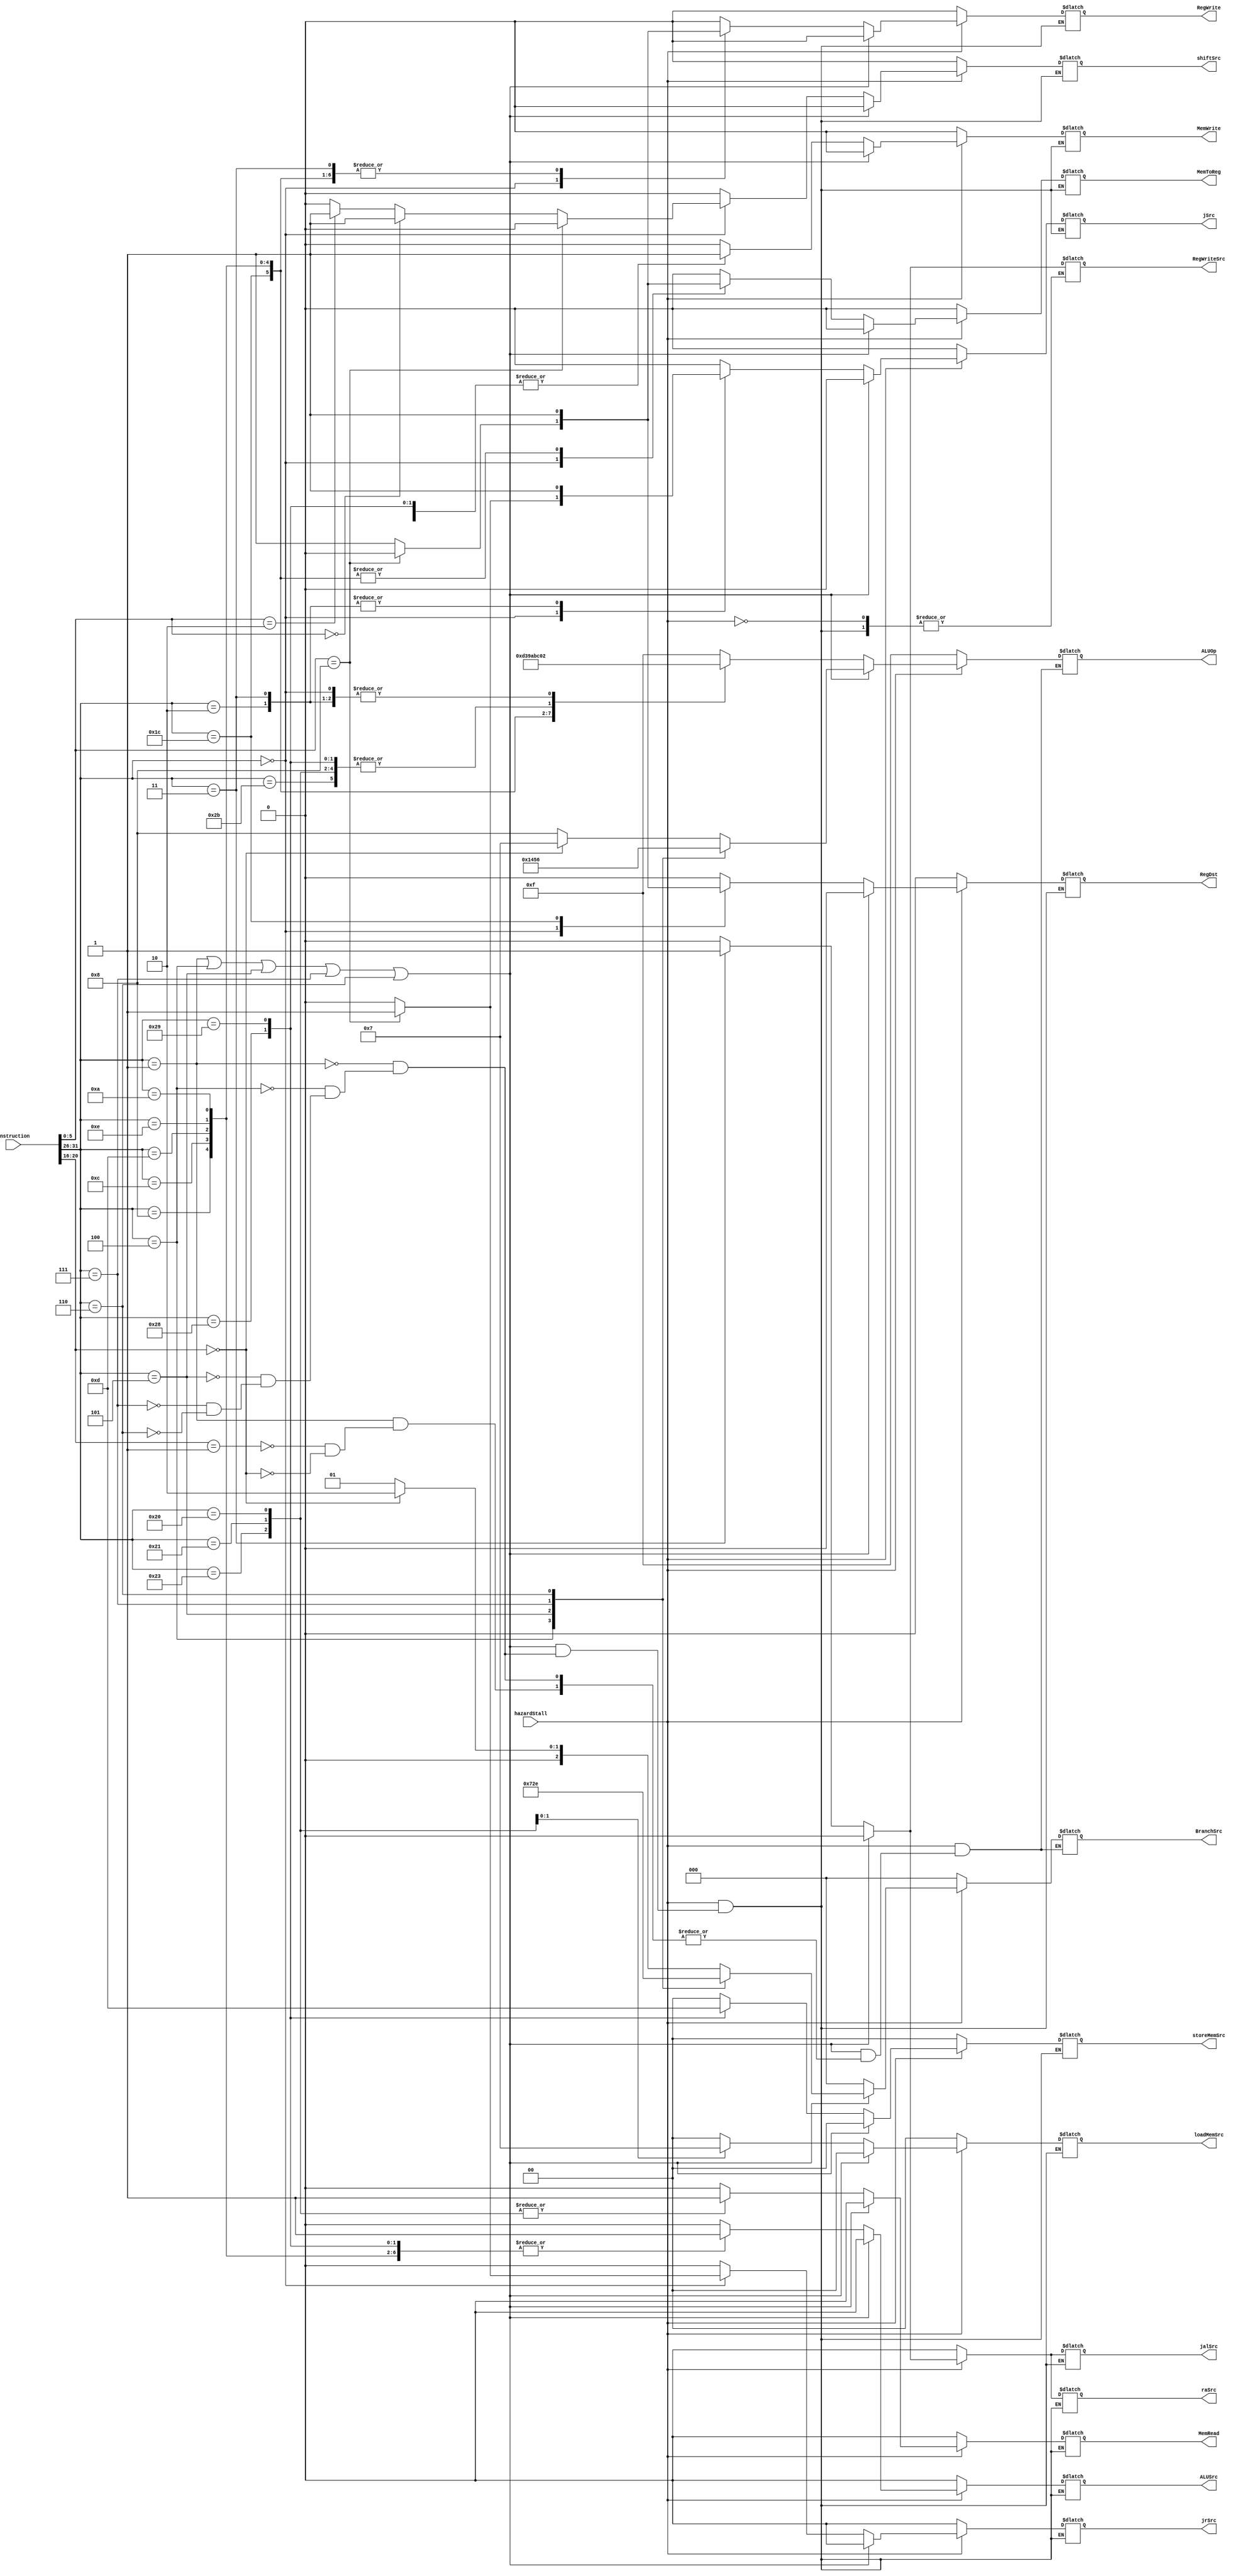
`timescale 1ns / 1ps
//////////////////////////////////////////////////////////////////////////////////
// Company: 
// Engineer: 
// 
// Design Name: 
// Module Name: Controller
// Project Name: 
// Target Devices: 
// Tool Versions: 
// Description: 
// 
// Dependencies: 
// 
// Revision:
// Revision 0.01 - File Created
// Additional Comments:
// 
//////////////////////////////////////////////////////////////////////////////////


module Controller(RegWriteSrc, hazardStall, BranchSrc, Instruction, ALUOp, RegWrite, ALUSrc, RegDst, MemWrite, MemRead, MemToReg, jSrc, jrSrc, jalSrc, raSrc, shiftSrc, storeMemSrc, loadMemSrc);
    input [31:0] Instruction;
    input hazardStall;
    output reg RegWriteSrc, RegWrite, ALUSrc, RegDst, MemWrite, MemRead, MemToReg, jSrc, jrSrc, jalSrc, raSrc, shiftSrc;
    output reg [1:0] storeMemSrc, loadMemSrc;
    output reg [3:0] ALUOp;
    output reg [2:0] BranchSrc;
    
    always @ (Instruction) begin
        
        if (hazardStall == 1) begin
            if ((Instruction[31:26] == 6'b000001) || (Instruction[31:26] == 6'b000100) ||
                (Instruction[31:26] == 6'b000101) || (Instruction[31:26] == 6'b000111) ||
                (Instruction[31:26] == 6'b000110)) begin
                
                case(Instruction[31:26]) 
                    6'b000001: begin // bgez and bltz
                        RegWrite <= 0;
                        ALUSrc <= 0;
                        RegDst <= 0; // Doesn't Matter
                        MemWrite <= 0; 
                        MemRead <= 0; // Doesn't Matter
                        MemToReg <= 0; // Doesn't Matter
                        jSrc <= 0;
                        jrSrc <= 0;
                        jalSrc <= 0;
                        raSrc <= 0;
                        shiftSrc <= 0;
                        storeMemSrc <= 2'b00; // doesn't matter
                        loadMemSrc <= 2'b00; // doesn't matter
                        RegWriteSrc <= 0;
                        case (Instruction[20:16])
                            5'b00001: begin // bgez
                                ALUOp <= 4'b1000; // bgez // DELETE
                                BranchSrc <= 3'd1; // bgez
                            end
                            5'b00000: begin // bltz
                                ALUOp <= 4'b0111; // bltz // REMOVE
                                BranchSrc <= 3'd2; // bltz
                            end
                        endcase
                    end
                    6'b000100: begin // beq
                        RegWrite <= 0;
                        ALUSrc <= 0;
                        RegDst <= 0; // Doesn't Matter
                        MemWrite <= 0; 
                        MemRead <= 0; // Doesn't Matter
                        MemToReg <= 0; // Doesn't Matter
                        ALUOp <= 4'b0001;
                        jSrc <= 0;
                        jrSrc <= 0;
                        jalSrc <= 0;
                        raSrc <= 0;
                        shiftSrc <= 0;
                        storeMemSrc <= 2'b00; // doesn't matter
                        loadMemSrc <= 2'b00; // doesn't matter
                        BranchSrc <= 3'd3;
                        RegWriteSrc <= 0;
                    end
                    6'b000101: begin // bne
                        RegWrite <= 0;
                        ALUSrc <= 0;
                        RegDst <= 0; // Doesn't Matter
                        MemWrite <= 0; 
                        MemRead <= 0; // Doesn't Matter
                        MemToReg <= 0; // Doesn't Matter
                        ALUOp <= 4'b0100;
                        jSrc <= 0;
                        jrSrc <= 0;
                        jalSrc <= 0;
                        raSrc <= 0;
                        shiftSrc <= 0;
                        storeMemSrc <= 2'b00; // doesn't matter
                        loadMemSrc <= 2'b00; // doesn't matter
                        BranchSrc <= 3'd4;
                        RegWriteSrc <= 0;
                    end
                    6'b000111: begin // bgtz
                        RegWrite <= 0;
                        ALUSrc <= 0;
                        RegDst <= 0; // Doesn't Matter
                        MemWrite <= 0; 
                        MemRead <= 0; // Doesn't Matter
                        MemToReg <= 0; // Doesn't Matter
                        ALUOp <= 4'b0101;
                        jSrc <= 0;
                        jrSrc <= 0;
                        jalSrc <= 0;
                        raSrc <= 0;
                        shiftSrc <= 0;
                        storeMemSrc <= 2'b00; // doesn't matter
                        loadMemSrc <= 2'b00; // doesn't matter
                        BranchSrc <= 3'd5;
                        RegWriteSrc <= 0;
                    end
                    6'b000110: begin // blez
                        RegWrite <= 0;
                        ALUSrc <= 0;
                        RegDst <= 0; // Doesn't Matter
                        MemWrite <= 0; 
                        MemRead <= 0; // Doesn't Matter
                        MemToReg <= 0; // Doesn't Matter
                        ALUOp <= 4'b0110;
                        jSrc <= 0;
                        jrSrc <= 0;
                        jalSrc <= 0;
                        raSrc <= 0;
                        shiftSrc <= 0;
                        storeMemSrc <= 2'b00; // doesn't matter
                        loadMemSrc <= 2'b00; // doesn't matter
                        BranchSrc <= 3'd6;
                        RegWriteSrc <= 0;
                    end
                endcase
            end
            else begin
                case (Instruction[31:26])
                    6'b000000: begin // R-Type Instructions or jr
                        if (Instruction[5:0] == 6'b001000) begin // jr
                            RegWrite <= 0;
                            ALUSrc <= 0; // Doesn't Matter
                            RegDst <= 0; // Doesn't Matter
                            MemWrite <= 0;
                            MemRead <= 0; // Doesn't Matter
                            MemToReg <= 0; // Doesn't Matter
                            ALUOp <= 4'b0010; // Add // doesn't matter
                            jSrc <= 1;
                            jrSrc <= 1;
                            jalSrc <= 0;
                            raSrc <= 0;
                            shiftSrc <=0;
                            storeMemSrc <= 2'b00; // doesn't matter
                            loadMemSrc <= 2'b00; // doesn't matter
                            BranchSrc <= 3'b000;
                            RegWriteSrc <= 0;
                        end
                        else if (Instruction[5:0] == 6'b000000) begin // sll
                            RegWrite <= 1;
                            ALUSrc <= 0;
                            RegDst <= 1;
                            MemWrite <= 0;
                            MemRead <= 0;
                            MemToReg <= 1;
                            ALUOp <= 4'b0010;
                            shiftSrc <= 1;
                            jSrc <= 0;
                            jrSrc <= 0;
                            jalSrc <= 0;
                            raSrc <= 0;
                            storeMemSrc <= 2'b00; // doesn't matter
                            loadMemSrc <= 2'b00; // doesn't matter
                            BranchSrc <= 3'b000;
                            RegWriteSrc <= 0;
                        end
                        else if (Instruction[5:0] == 6'b000010) begin // srl
                            RegWrite <= 1;
                            ALUSrc <= 0;
                            RegDst <= 1;
                            MemWrite <= 0;
                            MemRead <= 0;
                            MemToReg <= 1;
                            ALUOp <= 4'b0010;
                            shiftSrc <= 1;
                            jSrc <= 0;
                            jrSrc <= 0;
                            jalSrc <= 0;
                            raSrc <= 0;
                            storeMemSrc <= 2'b00; // doesn't matter
                            loadMemSrc <= 2'b00; // doesn't matter
                            BranchSrc <= 3'b000;
                            RegWriteSrc <= 0;
                        end
                        else begin // R-Type Instructions
                            RegWrite <= 1;
                            ALUSrc <= 0;
                            RegDst <= 1;
                            MemWrite <= 0;
                            MemRead <= 0;
                            MemToReg <= 1;
                            ALUOp <= 4'b0010;
                            jSrc <= 0;
                            jrSrc <= 0;
                            jalSrc <= 0;
                            raSrc <= 0;
                            shiftSrc <= 0;
                            storeMemSrc <= 2'b00; // doesn't matter
                            loadMemSrc <= 2'b00; // doesn't matter
                            BranchSrc <= 3'b000;
                            RegWriteSrc <= 0;
                        end
                    end
                    6'b011100: begin //mul
                        RegWrite <= 1;
                        ALUSrc <= 0;
                        RegDst <= 1;
                        MemWrite <= 0;
                        MemRead <= 0;
                        MemToReg <= 1;
                        ALUOp <= 4'b1101;
                        jSrc <= 0;
                        jrSrc <= 0;
                        jalSrc <= 0;
                        raSrc <= 0;
                        shiftSrc <= 0;
                        storeMemSrc <= 2'b00; // doesn't matter
                        loadMemSrc <= 2'b00; // doesn't matter
                        BranchSrc <= 3'b000;
                        RegWriteSrc <= 0;
                    end
                    6'b001000: begin // addi
                        RegWrite <= 1;
                        ALUSrc <= 1;
                        RegDst <= 0;
                        MemWrite <= 0;
                        MemRead <= 0;
                        MemToReg <= 1;
                        ALUOp <= 4'b0011;
                        jSrc <= 0;
                        jrSrc <= 0;
                        jalSrc <= 0;
                        raSrc <= 0;
                        shiftSrc <= 0;
                        storeMemSrc <= 2'b00; // doesn't matter
                        loadMemSrc <= 2'b00; // doesn't matter
                        BranchSrc <= 3'b000;
                        RegWriteSrc <= 0;
                    end
                    6'b001100: begin // andi
                        RegWrite <= 1;
                        ALUSrc <= 1;
                        RegDst <= 0;
                        MemWrite <= 0;
                        MemRead <= 0;
                        MemToReg <= 1;
                        ALUOp <= 4'b1001;
                        jSrc <= 0;
                        jrSrc <= 0;
                        jalSrc <= 0;
                        raSrc <= 0;
                        shiftSrc <= 0;
                        storeMemSrc <= 2'b00; // doesn't matter
                        loadMemSrc <= 2'b00; // doesn't matter
                        BranchSrc <= 3'b000;
                        RegWriteSrc <= 0;
                    end
                    6'b001101: begin // ori
                        RegWrite <= 1;
                        ALUSrc <= 1;
                        RegDst <= 0;
                        MemWrite <= 0;
                        MemRead <= 0;
                        MemToReg <= 1;
                        ALUOp <= 4'b1010;
                        jSrc <= 0;
                        jrSrc <= 0;
                        jalSrc <= 0;
                        raSrc <= 0;
                        shiftSrc <= 0;
                        storeMemSrc <= 2'b00; // doesn't matter
                        loadMemSrc <= 2'b00; // doesn't matter
                        BranchSrc <= 3'b000;
                        RegWriteSrc <= 0;
                    end
                    6'b001110: begin // xori
                        RegWrite <= 1;
                        ALUSrc <= 1;
                        RegDst <= 0;
                        MemWrite <= 0;
                        MemRead <= 0;
                        MemToReg <= 1;
                        ALUOp <= 4'b1011;
                        jSrc <= 0;
                        jrSrc <= 0;
                        jalSrc <= 0;
                        raSrc <= 0;
                        shiftSrc <= 0;
                        storeMemSrc <= 2'b00; // doesn't matter
                        loadMemSrc <= 2'b00; // doesn't matter
                        BranchSrc <= 3'b000;
                        RegWriteSrc <= 0;
                    end
                    6'b001010: begin // slti
                        RegWrite <= 1;
                        ALUSrc <= 1;
                        RegDst <= 0;
                        MemWrite <= 0;
                        MemRead <= 0;
                        MemToReg <= 1;
                        ALUOp <= 4'b1100;
                        jSrc <= 0;
                        jrSrc <= 0;
                        jalSrc <= 0;
                        raSrc <= 0;
                        shiftSrc <= 0;
                        storeMemSrc <= 2'b00; // doesn't matter
                        loadMemSrc <= 2'b00; // doesn't matter
                        BranchSrc <= 3'b000;
                        RegWriteSrc <= 0;
                    end
                    6'b100011: begin // lw
                        RegWrite <= 1;
                        ALUSrc <= 1;
                        RegDst <= 0;
                        MemWrite <= 0;
                        MemRead <= 1;
                        MemToReg <= 0;
                        ALUOp <= 4'b0000;
                        jSrc <= 0;
                        jrSrc <= 0;
                        jalSrc <= 0;
                        raSrc <= 0;
                        shiftSrc <= 0;
                        storeMemSrc <= 2'b00;
                        loadMemSrc <= 2'b00; 
                        BranchSrc <= 3'b000;
                        RegWriteSrc <= 0;
                    end
                    6'b101011: begin // sw
                        RegWrite <= 0;
                        ALUSrc <= 1;
                        RegDst <= 0; // Doesn't Matter
                        MemWrite <= 1;
                        MemRead <= 0;
                        MemToReg <= 0; // Doesn't Matter
                        ALUOp <= 4'b0000; // add
                        jSrc <= 0;
                        jrSrc <= 0;
                        jalSrc <= 0;
                        raSrc <= 0;
                        shiftSrc <= 0;
                        storeMemSrc <= 2'b00; 
                        loadMemSrc <= 2'b00; 
                        BranchSrc <= 3'b000;
                        RegWriteSrc <= 0;
                    end
                    6'b101000: begin // sb
                        RegWrite <= 0;
                        ALUSrc <= 1;
                        RegDst <= 0;
                        MemWrite <= 1;
                        MemRead <= 0;
                        MemToReg <= 0; // Doesn't Matter
                        ALUOp <= 4'b0000; // add
                        jSrc <= 0;
                        jrSrc <= 0;
                        jalSrc <= 0;
                        raSrc <= 0;
                        shiftSrc <= 0;
                        storeMemSrc <= 2'b11; 
                        loadMemSrc <= 2'b00; // Doesn't Matter
                        BranchSrc <= 3'b000;
                        RegWriteSrc <= 0;
                    end
                    6'b100001: begin // lh
                        RegWrite <= 1;
                        ALUSrc <= 1;
                        RegDst <= 0;
                        MemWrite <= 0;
                        MemRead <= 1;
                        MemToReg <= 0;
                        ALUOp <= 4'b0000; // add
                        jSrc <= 0;
                        jrSrc <= 0;
                        jalSrc <= 0;
                        raSrc <= 0;
                        shiftSrc <= 0;
                        storeMemSrc <= 2'b00; // Doesn't Matter
                        loadMemSrc <= 2'b01; 
                        BranchSrc <= 3'b000;
                        RegWriteSrc <= 0;
                    end
                    6'b100000: begin // lb
                        RegWrite <= 1;
                        ALUSrc <= 1;
                        RegDst <= 0;
                        MemWrite <= 0;
                        MemRead <= 1;
                        MemToReg <= 0;
                        ALUOp <= 4'b0000; // add
                        jSrc <= 0;
                        jrSrc <= 0;
                        jalSrc <= 0;
                        raSrc <= 0;
                        shiftSrc <= 0;
                        storeMemSrc <= 2'b00; // Doesn't Matter
                        loadMemSrc <= 2'b11; 
                        BranchSrc <= 3'b000;
                        RegWriteSrc <= 0;
                    end
                    6'b101001: begin // sh
                        RegWrite <= 0;
                        ALUSrc <= 1;
                        RegDst <= 0;
                        MemWrite <= 1;
                        MemRead <= 0;
                        MemToReg <= 0; // Doesn't Matter
                        ALUOp <= 4'b0000; // add
                        jSrc <= 0;
                        jrSrc <= 0;
                        jalSrc <= 0;
                        raSrc <= 0;
                        shiftSrc <= 0;
                        storeMemSrc <= 2'b01; 
                        loadMemSrc <= 2'b00; // Doesn't Matter
                        BranchSrc <= 3'b000;
                        RegWriteSrc <= 0;
                    end
                    6'b000010: begin // j
                        RegWrite <= 0;
                        ALUSrc <= 0; // Doesn't Matter
                        RegDst <= 0; // Doesn't Matter
                        MemWrite <= 0;
                        MemRead <= 0; // Doesn't Matter
                        MemToReg <= 0; // Doesn't Matter
                        ALUOp <= 4'b0010; // Add // doesn't matter
                        jSrc <= 1;
                        jrSrc <= 0;
                        jalSrc <= 0;
                        raSrc <= 0;
                        shiftSrc <= 0;
                        storeMemSrc <= 2'b00; // doesn't matter
                        loadMemSrc <= 2'b00; // doesn't matter
                        BranchSrc <= 3'b000;
                        RegWriteSrc <= 0;
                    end
                    6'b000011: begin // jal
                        RegWrite <= 1;
                        ALUSrc <= 0; // Doesn't Matter
                        RegDst <= 0; // Doesn't Matter
                        MemWrite <= 0;
                        MemRead <= 0; // Doesn't Matter
                        MemToReg <= 0; // Doesn't Matter
                        ALUOp <= 4'b0010; // Add // doesn't matter
                        jSrc <= 1;
                        jrSrc <= 0;
                        jalSrc <= 1;
                        raSrc <= 1;
                        shiftSrc <= 0;
                        storeMemSrc <= 2'b00; // doesn't matter
                        loadMemSrc <= 2'b00; // doesn't matter
                        BranchSrc <= 3'b000;
                        RegWriteSrc <= 1;
                    end
                    default: begin
                        RegWrite <= 0;
                        ALUSrc <= 0;
                        RegDst <= 0; // Doesn't Matter
                        MemWrite <= 0; 
                        MemRead <= 0; // Doesn't Matter
                        MemToReg <= 0; // Doesn't Matter
                        ALUOp <= 4'b1111;
                        jrSrc <= 0;
                        jalSrc <= 0;
                        raSrc <= 0;
                        jSrc <= 0;
                        shiftSrc <= 0;
                        storeMemSrc <= 2'b00; // doesn't matter
                        loadMemSrc <= 2'b00; // doesn't matter
                        BranchSrc <= 3'b000;
                        RegWriteSrc <= 0;
                    end
                endcase
            end
        end
        else begin
            RegWrite <= 0;
            ALUSrc <= 0;
            RegDst <= 0; 
            MemWrite <= 0; 
            MemRead <= 0; 
            MemToReg <= 0; 
            ALUOp <= 4'b1111;
            jrSrc <= 0;
            jalSrc <= 0;
            raSrc <= 0;
            jSrc <= 0;
            shiftSrc <= 0;
            storeMemSrc <= 2'b00; 
            loadMemSrc <= 2'b00; 
            BranchSrc <= 3'b000;
        end
    end
endmodule